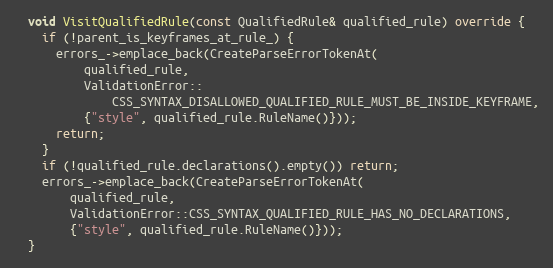
Language: C++
  void VisitQualifiedRule(const QualifiedRule& qualified_rule) override {
    if (!parent_is_keyframes_at_rule_) {
      errors_->emplace_back(CreateParseErrorTokenAt(
          qualified_rule,
          ValidationError::
              CSS_SYNTAX_DISALLOWED_QUALIFIED_RULE_MUST_BE_INSIDE_KEYFRAME,
          {"style", qualified_rule.RuleName()}));
      return;
    }
    if (!qualified_rule.declarations().empty()) return;
    errors_->emplace_back(CreateParseErrorTokenAt(
        qualified_rule,
        ValidationError::CSS_SYNTAX_QUALIFIED_RULE_HAS_NO_DECLARATIONS,
        {"style", qualified_rule.RuleName()}));
  }